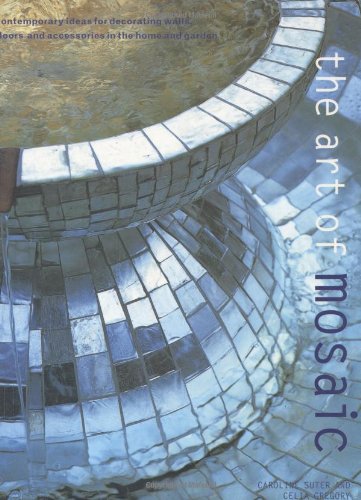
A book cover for Art of Mosaic: Contemporary Ideas for Decorating Walls, Floors and Accessories in the Home and Garden; Caroline Suter; Arts & Photography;